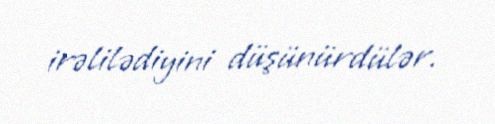
irəlilədiyini düşünürdülər.